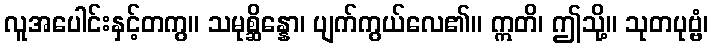
လူအပေါင်းနှင့်တကွ။ သမုစ္ဆိန္နော၊ ပျက်ကွယ်လေ၏။ ဣတိ၊ ဤသို့။ သုတပုဗ္ဗံ၊